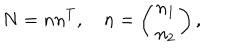
LaTeX: N = n n ^ { T } , \quad n = \left( \begin{array} { c } { { n _ { 1 } } } \\ { { n _ { 2 } } } \\ \end{array} \right) ,